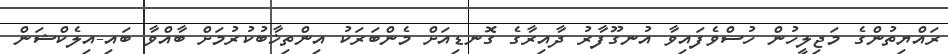
ރައްޔިތުންގެ މަޖިލީހުން ހުސްވެފައިވާ އުނގޫފާރު ދާއިރާގެ ގޮނޑިއަށް މެންބަރަކު އިންތިޚާބުކުރުމަށް ބާއްވާ ބައި-އިލެކްޝަން